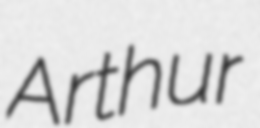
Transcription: Arthur